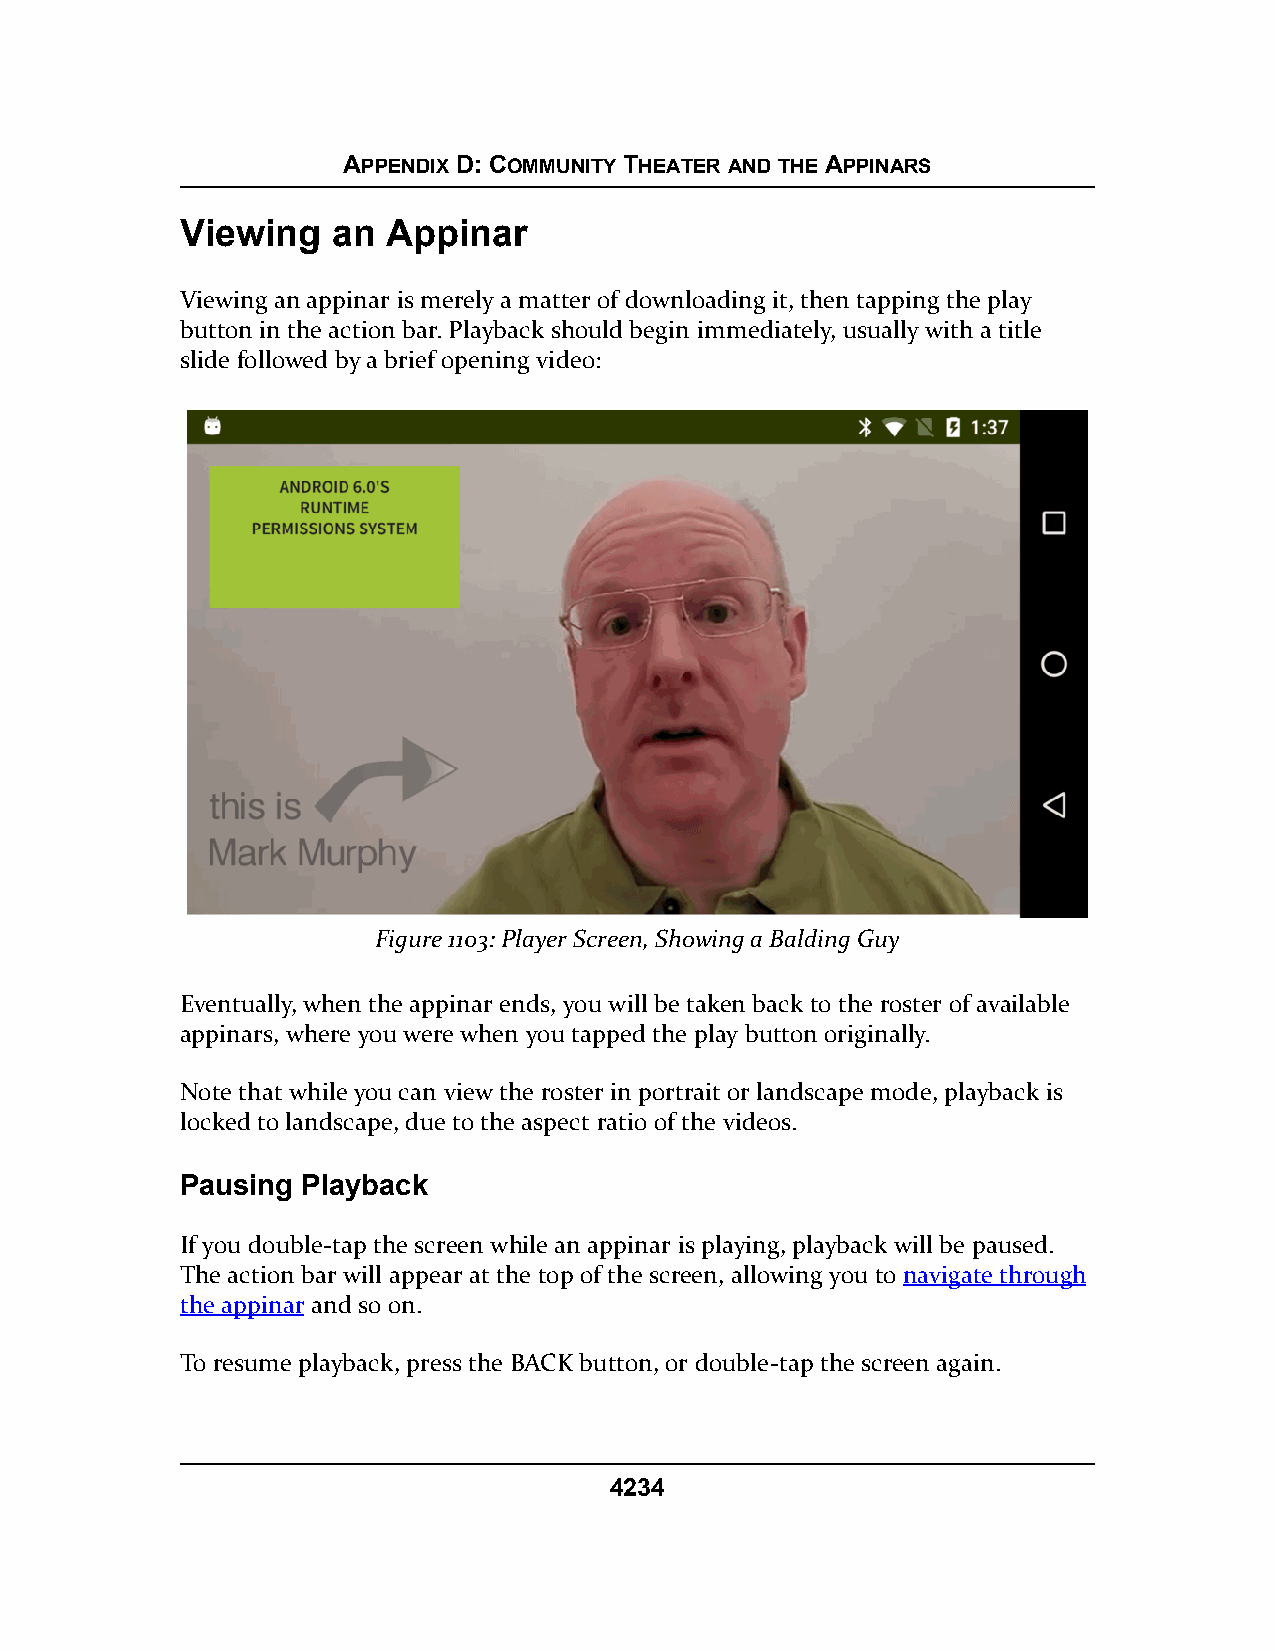
APPENDIX D: COMMUNITY THEATER AND THE APPINARS
 Viewing   an  Appinar
 Viewing an appinar is merely a matter of downloading it, then tapping the play
 button in the action bar. Playback should begin immediately, usually with a title
 slide followed by a brief opening video:
 Figure 1103: Player Screen, Showing a Balding Guy
 Eventually, when the appinar ends, you will be taken back to the roster of available
 appinars, where you were when you tapped the play button originally.
 Note that while you can view the roster in portrait or landscape mode, playback is
 locked to landscape, due to the aspect ratio of the videos.
 Pausing Playback
 If you double-tap the screen while an appinar is playing, playback will be paused.
 The action bar will appear at the top of the screen, allowing you to navigate through
 the appinar and so on.
 To resume playback, press the BACK button, or double-tap the screen again.
 4234